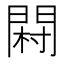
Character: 𨴺